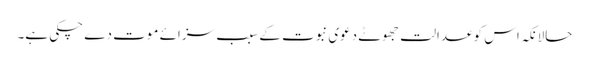
حالانکہ اس کو عدالت جھوٹے دعوی نبوت کے سبب سزائے موت دے چکی ہے۔